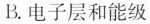
B.电子层和能级